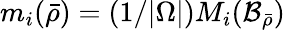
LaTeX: m_{i}(\bar{\rho})=(1/|\Omega|)M_{i}(\mathcal{B}_{\bar{\rho}})